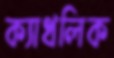
ক্যাথলিক